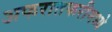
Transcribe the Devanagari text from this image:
अफरातफरीमध्ये